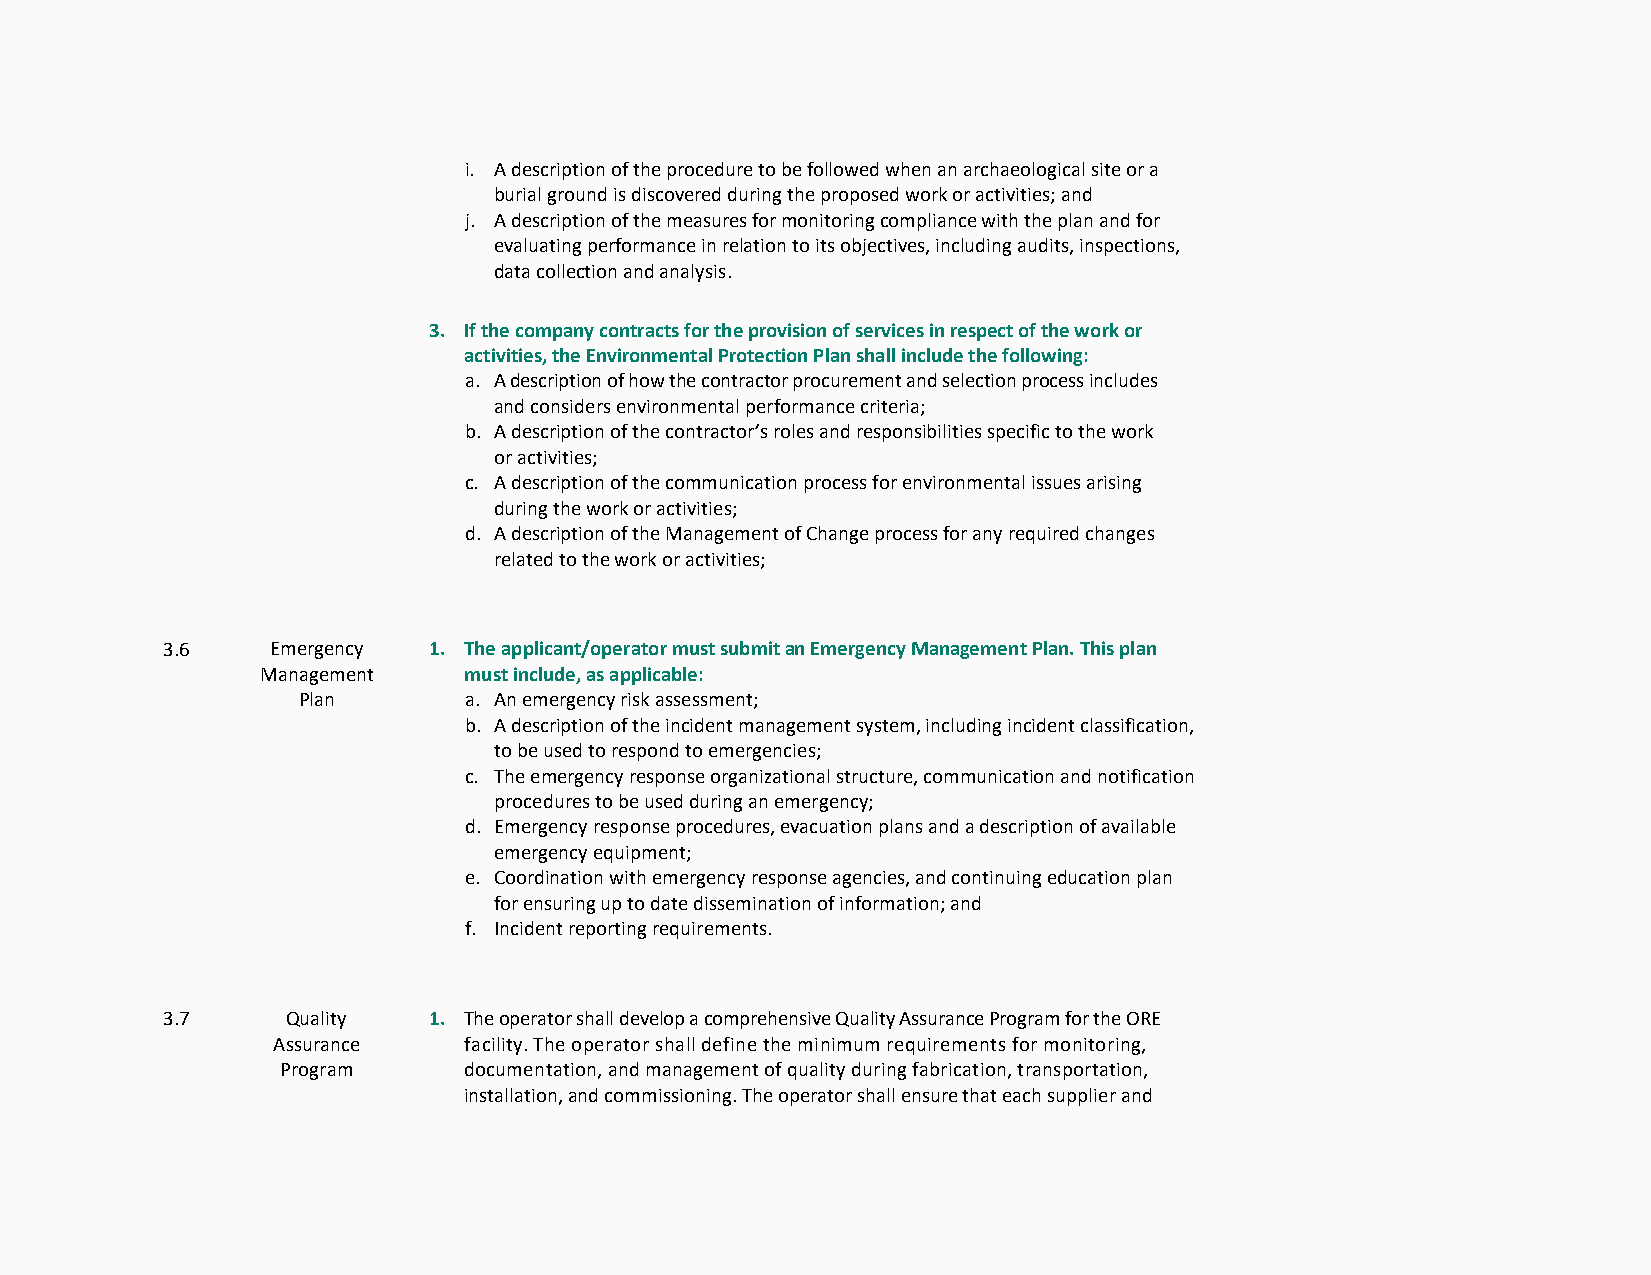
i. A description of the procedure to be followed when an archaeological site or a
 burial ground is discovered during the proposed work or activities; and
 j. A description of the measures for monitoring compliance with the plan and for
 evaluating performance in relation to its objectives, including audits, inspections,
 data collection and analysis.
 3. If the company contracts for the provision of services in respect of the work or
 activities, the Environmental Protection Plan shall include the following:
 a. A description of how the contractor procurement and selection process includes
 and considers environmental performance criteria;
 b. A description of the contractor’s roles and responsibilities specific to the work
 or activities;
 c. A description of the communication process for environmental issues arising
 during the work or activities;
 d. A description of the Management of Change process for any required changes
 related to the work or activities;
 3.6    Emergency 1. The applicant/operator must submit an Emergency Management Plan. This plan
 Management    must include, as applicable:
 Plan       a. An emergency risk assessment;
 b. A description of the incident management system, including incident classification,
 to be used to respond to emergencies;
 c. The emergency response organizational structure, communication and notification
 procedures to be used during an emergency;
 d. Emergency response procedures, evacuation plans and a description of available
 emergency equipment;
 e. Coordination with emergency response agencies, and continuing education plan
 for ensuring up to date dissemination of information; and
 f. Incident reporting requirements.
 3.7     Quality  1. The operator shall develop a comprehensive Quality Assurance Program for the ORE
 Assurance    facility. The operator shall define the minimum requirements for monitoring,
 Program     documentation, and management of quality during fabrication, transportation,
 installation, and commissioning. The operator shall ensure that each supplier and